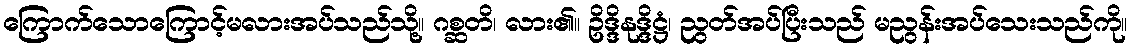
ကြောက်သောကြောင့်မလားအပ်သည်သို့။ ဂစ္ဆတိ၊ လား၏။ ဥိဒ္ဒိနုဒ္ဒိဋ္ဌံ၊ ညွတ်အပ်ပြီးသည် မညွန်းအပ်သေးသည်ကို။